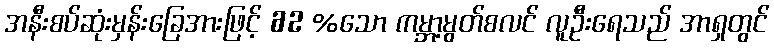
အနီးစပ်ဆုံးမှန်းခြေအားဖြင့် 62 %သော ကမ္ဘာ့မွတ်စလင် လူဦးရေသည် အာရှတွင်